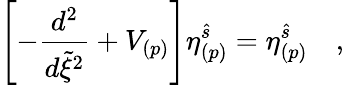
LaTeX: \Biggl[-{\frac{d^{2}}{d\tilde{\xi}^{2}}}+V_{(p)}\Biggl]\eta_{(p)}^{\hat{s}}=\eta_{(p)}^{\hat{s}}\quad,